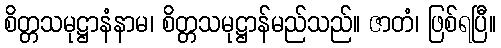
စိတ္တသမုဋ္ဌာနံနာမ၊ စိတ္တသမုဋ္ဌာန်မည်သည်။ ဇာတံ၊ ဖြစ်ရပြီ။